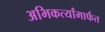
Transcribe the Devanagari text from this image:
अभिकर्त्यांमार्फत